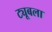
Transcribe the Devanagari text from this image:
ट्यूबला